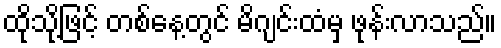
ထိုသို့ဖြင့် တစ်နေ့တွင် မိဂျင်းထံမှ ဖုန်းလာသည်။